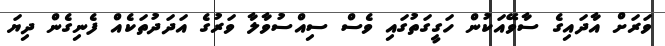
ވަރަށް އާދައިގެ ސާވޭއަކުން ހަގީގަތުގައި ވެސް ސިއްސުވާލާ ވަރުގެ އަދަދުތަކެއް ފެނިގެން ދިޔަ